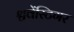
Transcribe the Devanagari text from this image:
श्चवेंस्टिगर